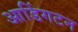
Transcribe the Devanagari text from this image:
आडिंगटन